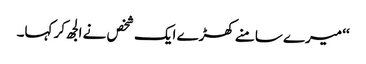
‘‘ میرے سامنے کھڑے ایک شخص نے الجھ کر کہا۔